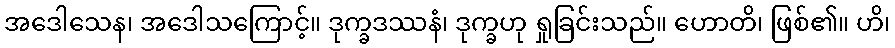
အဒေါသေန၊ အဒေါသကြောင့်။ ဒုက္ခဒဿနံ၊ ဒုက္ခဟု ရှုခြင်းသည်။ ဟောတိ၊ ဖြစ်၏။ ဟိ၊